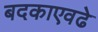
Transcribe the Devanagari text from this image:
बदकाएवढे